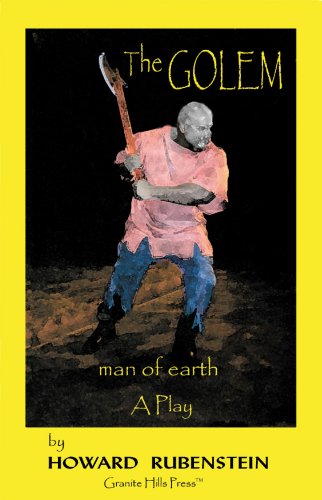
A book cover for The GOLEM, Man of Earth              A Play; Howard Rubenstein; Literature & Fiction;